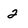
Character: 2